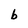
Character: b